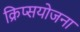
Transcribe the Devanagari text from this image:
क्रिप्सयोजना